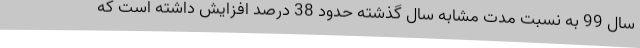
سال 99 به نسبت مدت مشابه سال گذشته حدود 38 درصد افزایش داشته است که